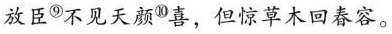
放臣^{⑨}不见天颜^{⑩}喜，但惊草木回春容。